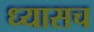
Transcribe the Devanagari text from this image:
ध्यासच